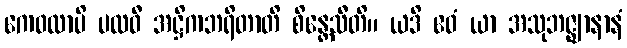
ကေဝလာပိ ပထဝီ အဋ္ဌိကဘရိတာတိ စိန္တေသီတိ။ ယဒိ ဧဝံ ယာ အသုဘဇ္ဈာနာနံ